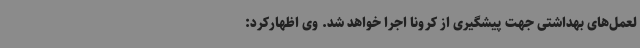
لعمل‌های بهداشتی جهت پیشگیری از کرونا اجرا خواهد شد. وی اظهارکرد: